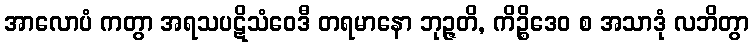
အာလောပံ ကတွာ အရသပဋိသံဝေဒီ တရမာနော ဘုဉ္ဇတိ, ကိဉ္စိဒေဝ စ အသာဒုံ လဘိတွာ